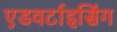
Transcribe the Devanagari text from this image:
एडवर्टाइसिंग